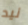
نيد